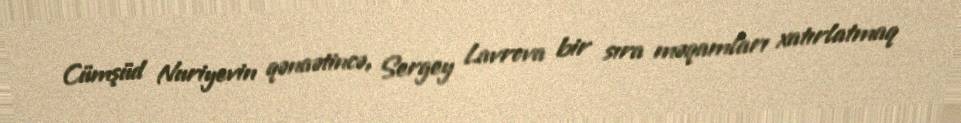
Cümşüd Nuriyevin qənaətincə, Sergey Lavrova bir sıra məqamları xatırlatmaq